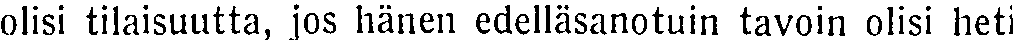
olisi tilaisuutta, jos hänen edelläsanotuin tavoin olisi heti